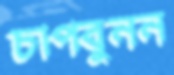
চাপবুনন